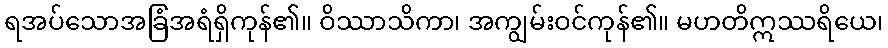
ရအပ်သောအခြံအရံရှိကုန်၏။ ဝိဿာသိကာ၊ အကျွမ်းဝင်ကုန်၏။ မဟတိဣဿရိယေ၊